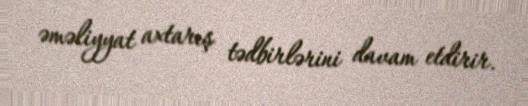
əməliyyat axtarış tədbirlərini davam etdirir.